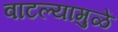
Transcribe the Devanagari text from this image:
वाटल्यामुळें